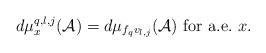
LaTeX: \begin{align*}d\mu_{x}^{q, l, j}(\mathcal{A})=d\mu_{f_qv_{l, j}}(\mathcal{A})\ \mathrm{for}\ \mathrm{a.e.}\ x.\end{align*}